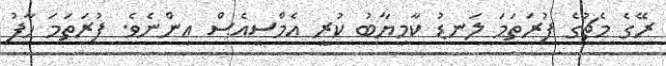
ރޭގެ މެޗުގެ ފުރަތަމަ ލަނޑު ކާމިޔާބު ކުރީ އެމްސީއެސް އިންނެވެ. ފުރަތަމަ ހާފު